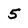
Character: 5